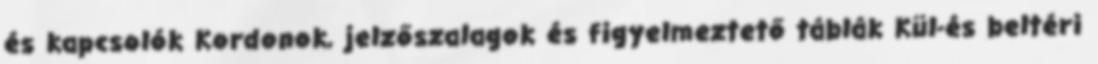
és kapcsolók Kordonok, jelzőszalagok és figyelmeztető táblák Kül-és beltéri